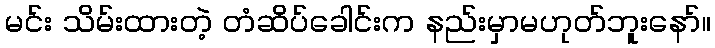
မင်း သိမ်းထားတဲ့ တံဆိပ်ခေါင်းက နည်းမှာမဟုတ်ဘူးနော်။